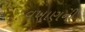
વખાણની